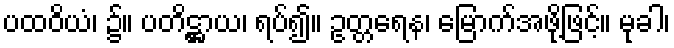
ပထဝိယံ၊ ၌။ ပတိဋ္ဌာယ၊ ရပ်၍။ ဥတ္တရေန၊ မြောက်အဖို့ဖြင့်။ မုခါ၊